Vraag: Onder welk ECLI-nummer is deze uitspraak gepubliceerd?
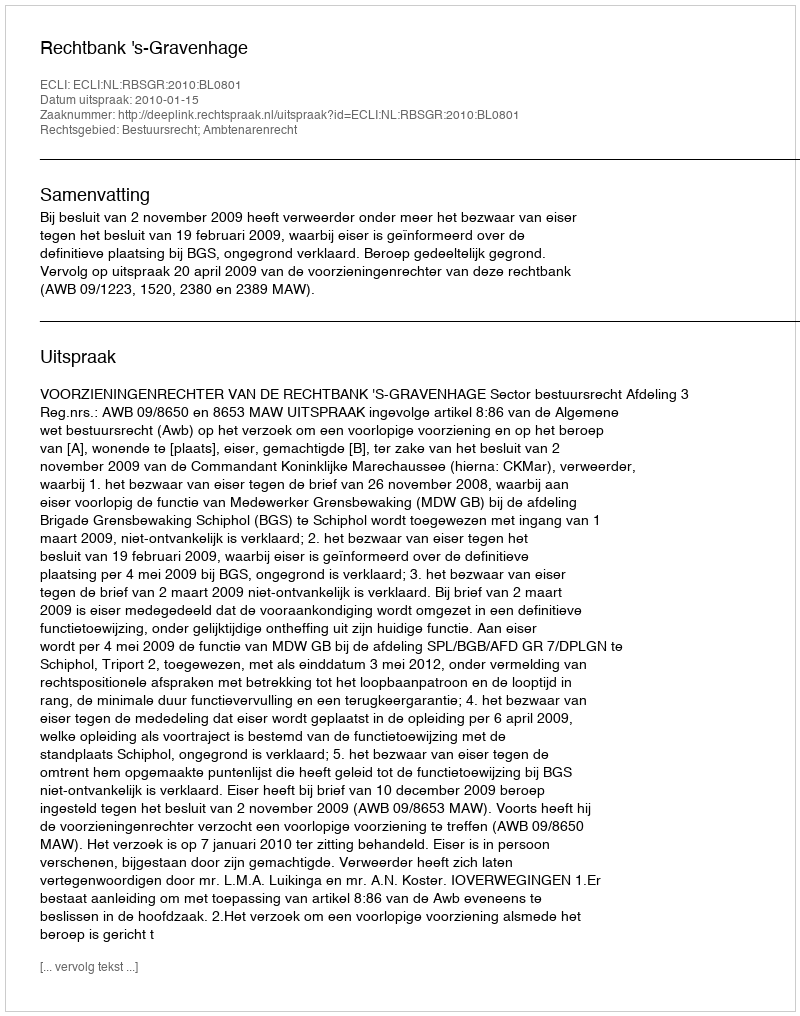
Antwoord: ECLI:NL:RBSGR:2010:BL0801